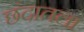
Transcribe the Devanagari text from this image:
छंदातला